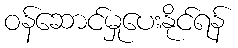
ဝန်ဆောင်မှုပေးနိုင်ရန်